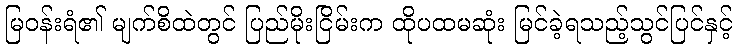
မြဝန်းရံ၏ မျက်စိထဲတွင် ပြည်မိုးငြိမ်းက ထိုပထမဆုံး မြင်ခဲ့ရသည့်သွင်ပြင်နှင့်